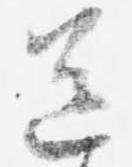
送